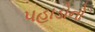
પહાડોનો